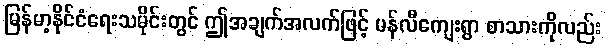
မြန်မာ့နိုင်ငံရေးသမိုင်းတွင် ဤအချက်အလက်ဖြင့် မန်လီကျေးရွာ စာသားကိုလည်း